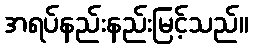
အရပ်နည်းနည်းမြင့်သည်။